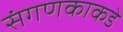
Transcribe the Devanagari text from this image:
संगणकाकडे